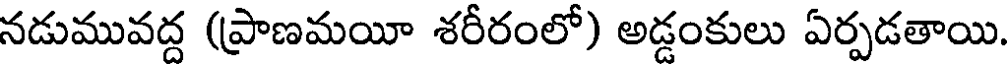
నడుమువద్ద (ప్రాణమయీ శరీరంలో) అడ్డంకులు ఏర్పడతాయి.